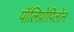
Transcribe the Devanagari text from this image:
पॉलिप्रोपिलोन